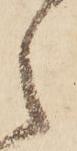
之